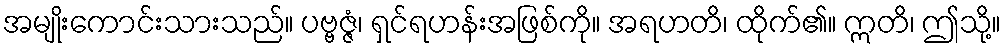
အမျိုးကောင်းသားသည်။ ပဗ္ဗဇ္ဇံ၊ ရှင်ရဟန်းအဖြစ်ကို။ အရဟတိ၊ ထိုက်၏။ ဣတိ၊ ဤသို့။